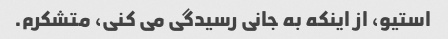
استیو، از اینکه به جانی رسیدگی می کنی، متشکرم.